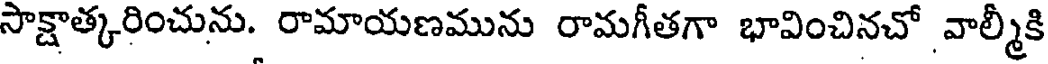
సాక్షాత్కరించును. రామాయణమును రామగీతగా భావించినచో వాల్మీకి